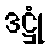
ဒဋ္ဌုံ